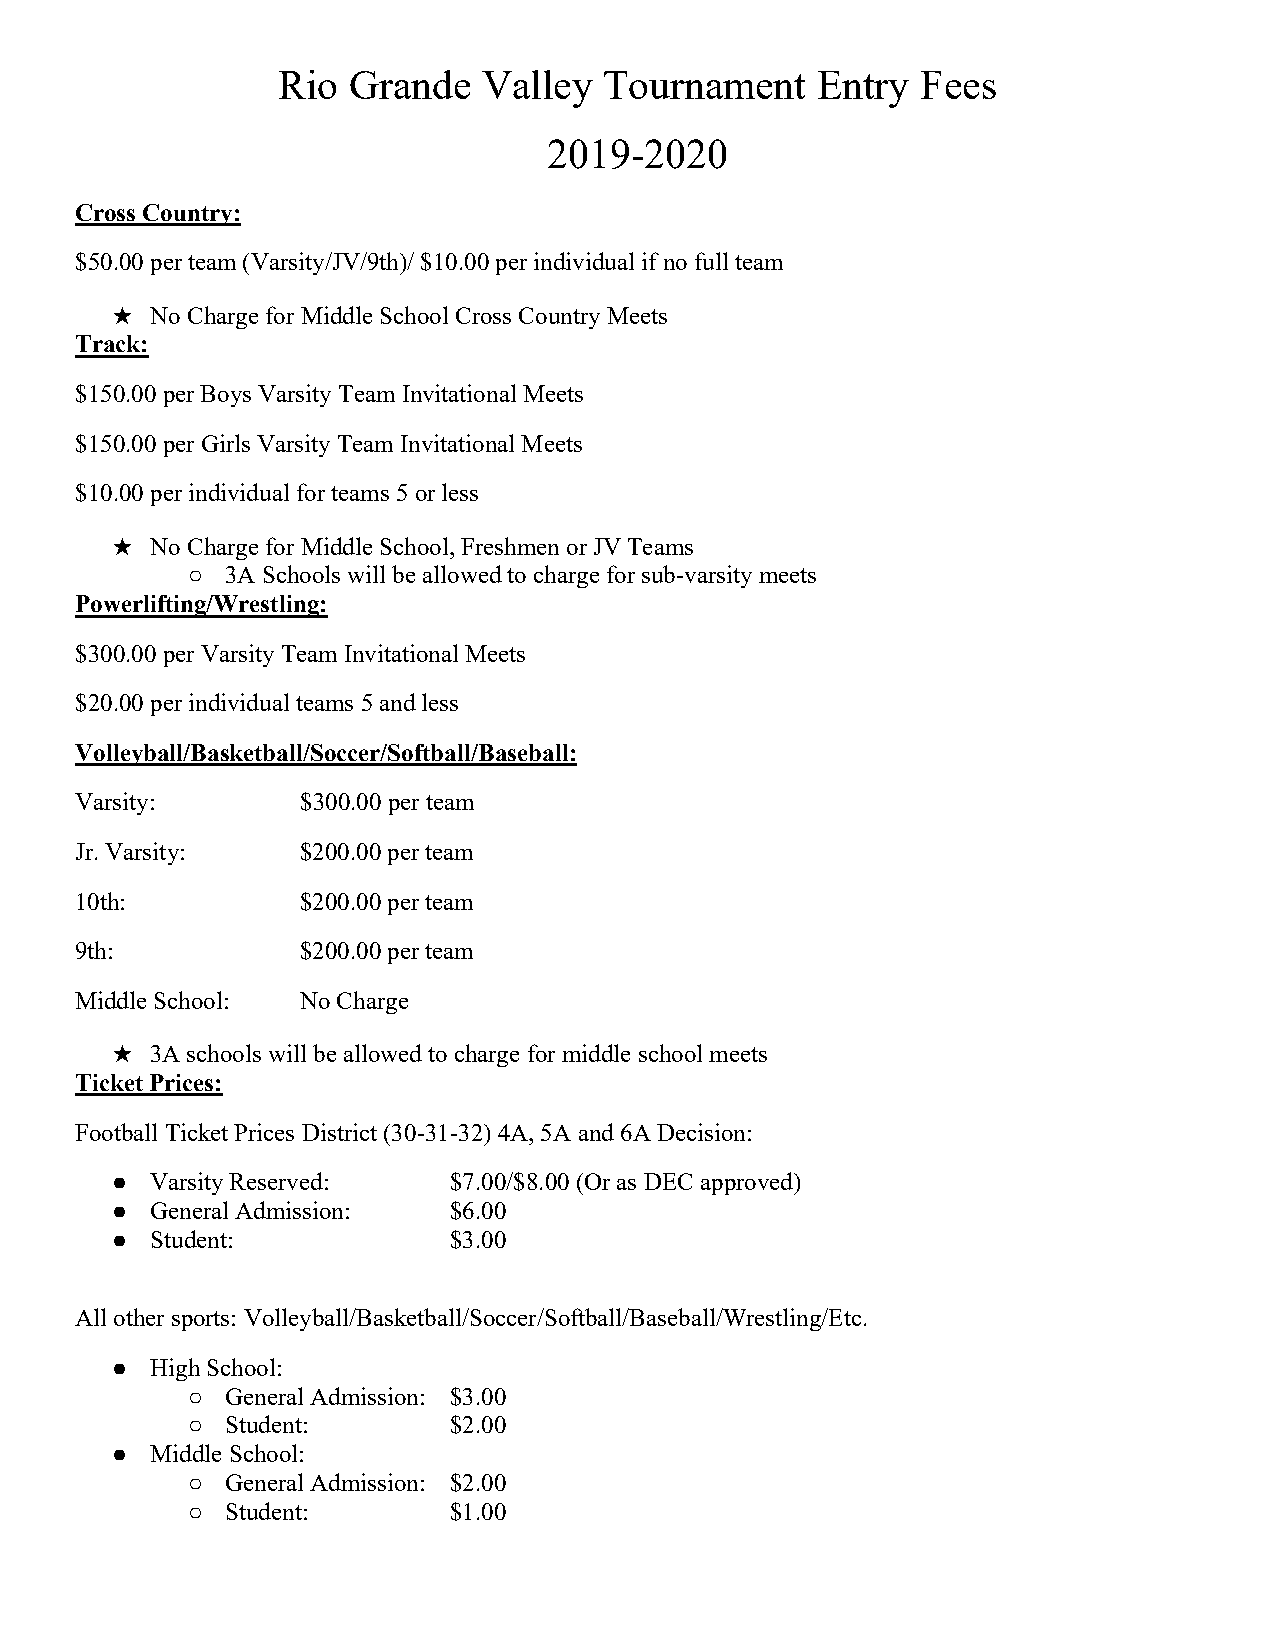
Rio  Grande   Valley  Tournament    Entry  Fees
 2019-2020
 Cross Country:
 $50.00 per team (Varsity/JV/9th)/ $10.00 per individual if no full team
 No Charge for Middle School Cross Country Meets
 ★
 Track:
 $150.00 per Boys Varsity Team Invitational Meets
 $150.00 per Girls Varsity Team Invitational Meets
 $10.00 per individual for teams 5 or less
 No Charge for Middle School, Freshmen or JV Teams
 ★
 ○  3A Schools will be allowed to charge for sub-varsity meets
 Powerlifting/Wrestling:
 $300.00 per Varsity Team Invitational Meets
 $20.00 per individual teams 5 and less
 Volleyball/Basketball/Soccer/Softball/Baseball:
 Varsity:       $300.00 per team
 Jr. Varsity:   $200.00 per team
 10th:          $200.00 per team
 9th:           $200.00 per team
 Middle School: No Charge
 3A schools will be allowed to charge for middle school meets
 ★
 Ticket Prices:
 Football Ticket Prices District (30-31-32) 4A, 5A and 6A Decision:
 ●  Varsity Reserved:   $7.00/$8.00 (Or as DEC approved)
 ●  General Admission:  $6.00
 ●  Student:            $3.00
 All other sports: Volleyball/Basketball/Soccer/Softball/Baseball/Wrestling/Etc.
 ●  High School:
 ○  General Admission: $3.00
 ○  Student:       $2.00
 ●  Middle School:
 ○  General Admission: $2.00
 ○  Student:       $1.00